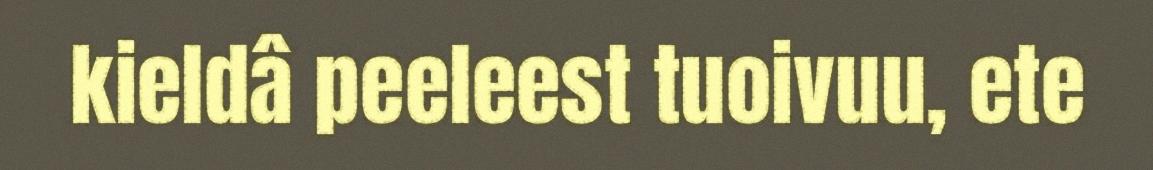
kieldâ peeleest tuoivuu, ete